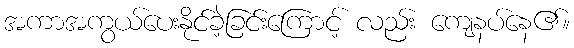
အကာအကွယ်ပေးနိုင်ခဲ့ခြင်းကြောင့် လည်း ကျေနပ်နေ၏။